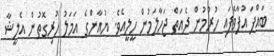
ބައްޕަ އުފާވެފައި ހުރުމުން ދެއަތް ޖަހާލަމުން ހީލީއެވެ. ޔުއާންގެ އަމަލު ހުރިގޮތުން އެލީޝާ